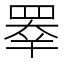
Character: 𥇡